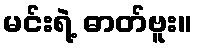
မင်းရဲ့ ဓာတ်ဗူး။